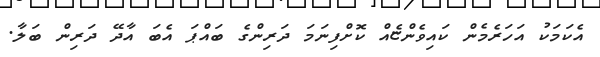
އެކަމަކު އަހަރެމެން ކައިވެންޏެއް ކޮށްފިނަމަ ދަރިންގެ ބައްޕަ އެބަ އާދޭ ދަރިން ބަލާ.